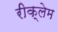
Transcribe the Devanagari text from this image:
रीक्लेम